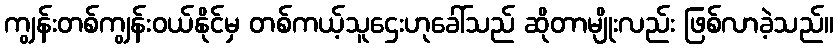
ကျွန်းတစ်ကျွန်းဝယ်နိုင်မှ တစ်ကယ့်သူဌေးဟုခေါ်သည် ဆိုတာမျိုးလည်း ဖြစ်လာခဲ့သည်။